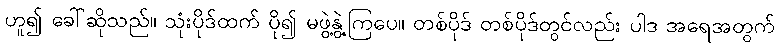
ဟူ၍ ခေါ်ဆိုသည်။ သုံးပိုဒ်ထက် ပို၍ မဖွဲ့နွဲ့ကြပေ။ တစ်ပိုဒ် တစ်ပိုဒ်တွင်လည်း ပါဒ အရေအတွက်